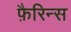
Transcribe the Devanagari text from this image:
फ़ैरिन्स